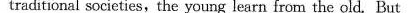
traditional societies, the young learn from the old. But